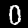
Digit: 0